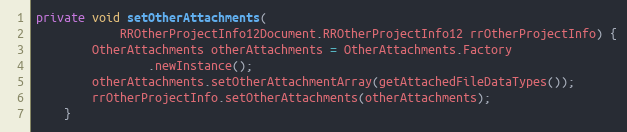
Language: Java
private void setOtherAttachments(
			RROtherProjectInfo12Document.RROtherProjectInfo12 rrOtherProjectInfo) {
        OtherAttachments otherAttachments = OtherAttachments.Factory
                .newInstance();
        otherAttachments.setOtherAttachmentArray(getAttachedFileDataTypes());
        rrOtherProjectInfo.setOtherAttachments(otherAttachments);
    }